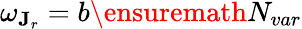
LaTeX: \omega_{\mathbf{J}_{r}}=b\ensuremath{N_{var}}